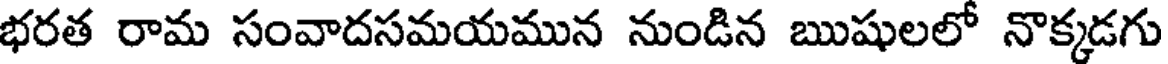
భరత రామ సంవాదసమయమున నుండిన ఋషులలో నొక్కడగు